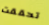
تحققت